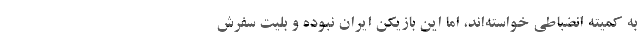
به کمیته انضباطی خواسته‌اند، اما این بازیکن ایران نبوده و بلیت سفرش